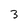
Character: 3